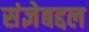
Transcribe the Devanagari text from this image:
संज्ञेबद्दल